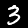
Label: 3